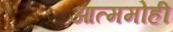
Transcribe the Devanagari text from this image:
आत्ममोही